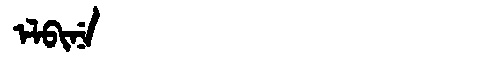
Manchu: ᡝᠯᠪᡳᠨᡝ
Romanization: ELBINE